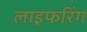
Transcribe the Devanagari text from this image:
लाइफरिंग